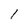
Character: l